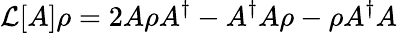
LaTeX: \mathcal{L}[A]\rho=2A\rho A^{\dagger}-A^{\dagger}A\rho-\rho A^{\dagger}A